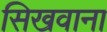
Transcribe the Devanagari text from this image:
सिखवाना